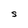
Character: S